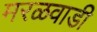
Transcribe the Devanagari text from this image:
मरळवाडी